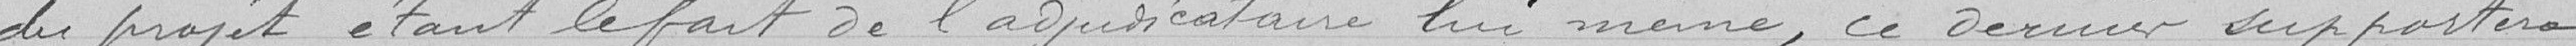
du projet étant le fait de l'adjudicataire lui-même, ce dernier supportera